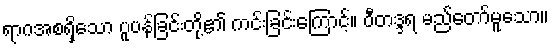
ရာဂအစရှိသော ပူပန်ခြင်းတို့၏ ကင်းခြင်းကြောင့်။ ဝီတဒ္ဒရ မည်တော်မူသော။